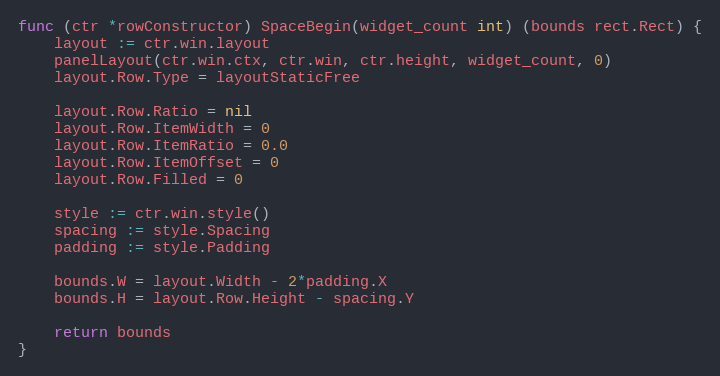
Language: Go
func (ctr *rowConstructor) SpaceBegin(widget_count int) (bounds rect.Rect) {
	layout := ctr.win.layout
	panelLayout(ctr.win.ctx, ctr.win, ctr.height, widget_count, 0)
	layout.Row.Type = layoutStaticFree

	layout.Row.Ratio = nil
	layout.Row.ItemWidth = 0
	layout.Row.ItemRatio = 0.0
	layout.Row.ItemOffset = 0
	layout.Row.Filled = 0

	style := ctr.win.style()
	spacing := style.Spacing
	padding := style.Padding

	bounds.W = layout.Width - 2*padding.X
	bounds.H = layout.Row.Height - spacing.Y

	return bounds
}